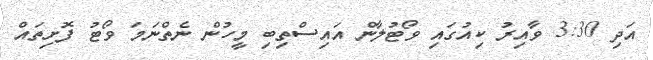
އަދި 3:30 ވާއިރު ކިއުގައި ވޯޓުލާން އައިސްތިބި މީހުން ނެތްނަމަ ވޯޓު ފޮށިތައް